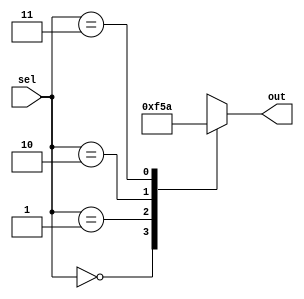
module case_example(
    input wire [1:0] sel,
    output reg [3:0] out
);

initial begin
    case(sel)
        2'b00: out = 4'b0000;
        2'b01: out = 4'b1111;
        2'b10: out = 4'b0101;
        2'b11: out = 4'b1010;
    endcase
end

endmodule